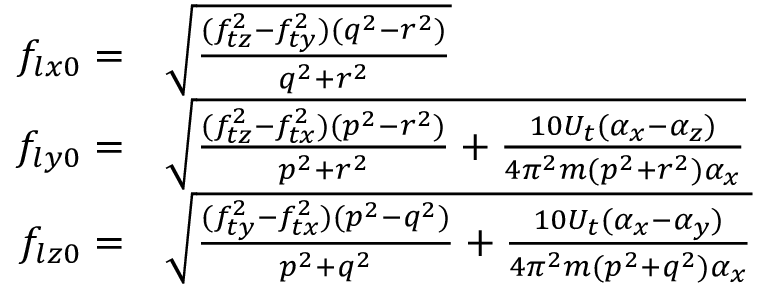
\begin{array} { r l } { f _ { l x 0 } = } & { \sqrt { \frac { ( f _ { t z } ^ { 2 } - f _ { t y } ^ { 2 } ) ( q ^ { 2 } - r ^ { 2 } ) } { q ^ { 2 } + r ^ { 2 } } } } \\ { f _ { l y 0 } = } & { \sqrt { \frac { ( f _ { t z } ^ { 2 } - f _ { t x } ^ { 2 } ) ( p ^ { 2 } - r ^ { 2 } ) } { p ^ { 2 } + r ^ { 2 } } + \frac { 1 0 U _ { t } ( \alpha _ { x } - \alpha _ { z } ) } { 4 \pi ^ { 2 } m ( p ^ { 2 } + r ^ { 2 } ) \alpha _ { x } } } } \\ { f _ { l z 0 } = } & { \sqrt { \frac { ( f _ { t y } ^ { 2 } - f _ { t x } ^ { 2 } ) ( p ^ { 2 } - q ^ { 2 } ) } { p ^ { 2 } + q ^ { 2 } } + \frac { 1 0 U _ { t } ( \alpha _ { x } - \alpha _ { y } ) } { 4 \pi ^ { 2 } m ( p ^ { 2 } + q ^ { 2 } ) \alpha _ { x } } } } \end{array}